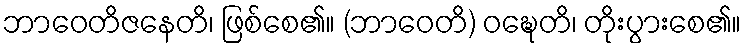
ဘာဝေတိဇနေတိ၊ ဖြစ်စေ၏။ (ဘာဝေတိ) ဝဍ္ဎေတိ၊ တိုးပွားစေ၏။